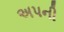
અપની